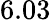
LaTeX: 6.03